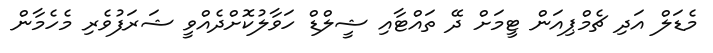
މެޑަލް އަދި ޗެމްޕިއަން ޓީމަށް ދޭ ތައްޓާއި ޝީލްޑް ހަވާލުކޮށްދެއްވީ ޝަރަފުވެރި މެހެމާން